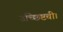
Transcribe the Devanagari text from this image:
उच्छिष्टची।